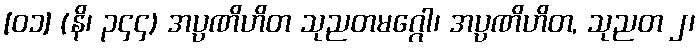
[၀၁] (နိ၊ ၃၄၄) အပ္ပဏိဟိတ သုညတမဂ္ဂေါ၊ အပ္ပဏိဟိတ, သုညတ ၂၊